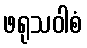
ဖရုသဝါစံ